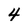
Character: 4